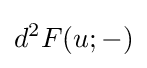
d^{2}F(u;-)